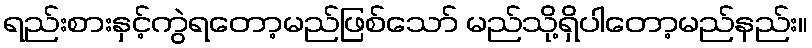
ရည်းစားနှင့်ကွဲရတော့မည်ဖြစ်သော် မည်သို့ရှိပါတော့မည်နည်း။